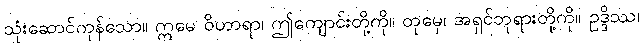
သုံးဆောင်ကုန်သော။ ဣမေ ဝိဟာရာ၊ ဤကျောင်းတို့ကို။ တုမှေ၊ အရှင်ဘုရားတို့ကို။ ဥဒ္ဒိဿ၊